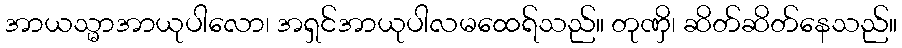
အာယသ္မာအာယုပါလော၊ အရှင်အာယုပါလမထေရ်သည်။ တုဏှိ၊ ဆိတ်ဆိတ်နေသည်။